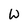
Character: W